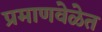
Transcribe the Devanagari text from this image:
प्रमाणवेळेत